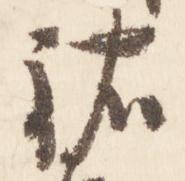
祐